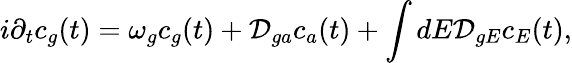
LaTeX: i\partial_{t}c_{g}(t)=ω_{g}c_{g}(t)+\mathcal{D}_{ga}c_{a}(t)+\int dE\mathcal{D}_{gE}c_{E}(t),